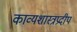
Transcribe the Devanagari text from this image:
काव्यशास्त्रप्रदीप